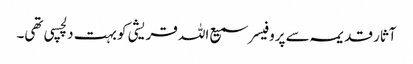
آثار قدیمہ سے پروفیسر سمیع اللہ قریشی کو بہت دلچسپی تھی۔